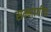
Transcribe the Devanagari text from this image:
सम्भागीय